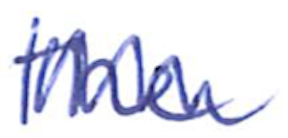
Text: the
Cross-out: zig-zag
Writing tool: ballpoint